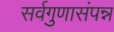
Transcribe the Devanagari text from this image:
सर्वगुणासंपन्न